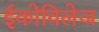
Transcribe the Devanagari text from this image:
ईकोविलेज